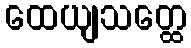
ထေယျသတ္ထေ